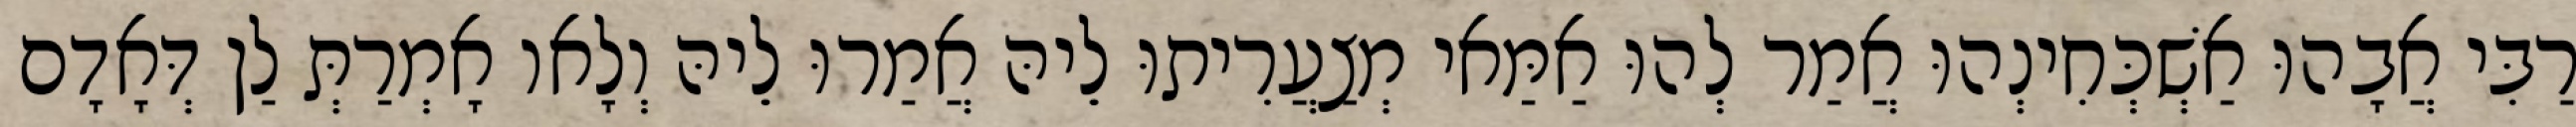
רַבִּי אֲבָהוּ אַשְׁכְּחִינְהוּ אֲמַר לְהוּ אַמַּאי מְצַעֲרִיתוּ לֵיהּ אֲמַרוּ לֵיהּ וְלָאו אָמְרַתְּ לַן דְּאָדָם